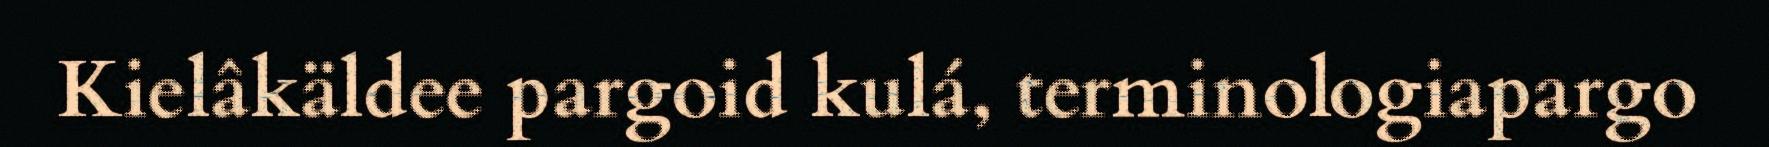
Kielâkäldee pargoid kulá, terminologiapargo